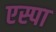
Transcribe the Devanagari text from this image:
एस्पा